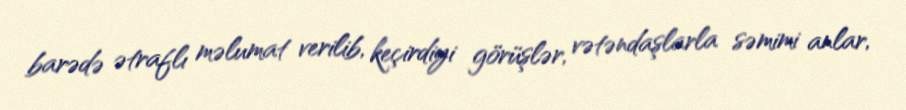
barədə ətraflı məlumat verilib, keçirdiyi görüşlər, vətəndaşlarla səmimi anlar,